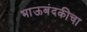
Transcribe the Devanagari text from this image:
भाऊबंदकीचा